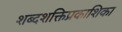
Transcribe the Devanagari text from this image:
शब्दशक्तिप्रकाशिका